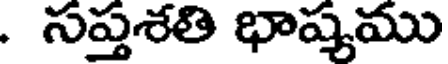
. సప్తశతి భాష్యము